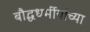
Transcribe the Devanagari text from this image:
बौद्धधर्मीयांच्या